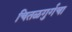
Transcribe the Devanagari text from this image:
चितळगुर्गचा